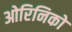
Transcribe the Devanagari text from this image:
ओरिनिको